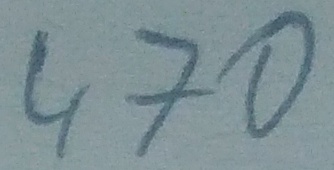
Text: 470